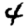
Digit: 4